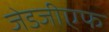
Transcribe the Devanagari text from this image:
जेडजीएफ